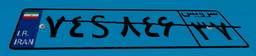
۷۴S۸۴۶۳۷